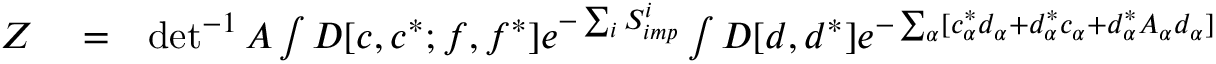
\begin{array} { r l r } { { \cal Z } } & { { } = } & { \operatorname* { d e t } ^ { - 1 } A \int { \cal D } [ c , c ^ { * } ; f , f ^ { * } ] e ^ { - \sum _ { i } S _ { i m p } ^ { i } } \int { \cal D } [ d , d ^ { * } ] e ^ { - \sum _ { \alpha } [ c _ { \alpha } ^ { * } d _ { \alpha } + d _ { \alpha } ^ { * } c _ { \alpha } + d _ { \alpha } ^ { * } A _ { \alpha } d _ { \alpha } ] } \phantom { . } } \end{array}